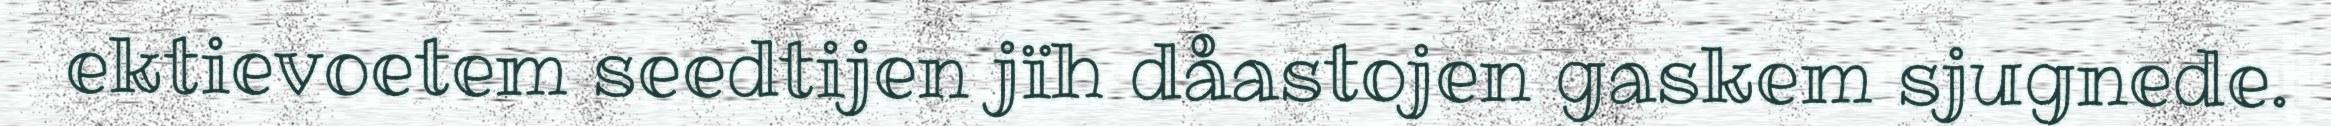
ektievoetem seedtijen jïh dåastojen gaskem sjugnede.